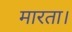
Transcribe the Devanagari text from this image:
मारता।